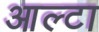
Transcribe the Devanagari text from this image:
आल्टा